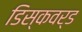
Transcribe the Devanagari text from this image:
डिस्कवर्ड